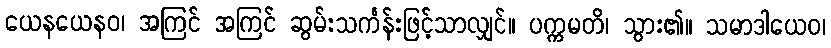
ယေနယေနဝ၊ အကြင် အကြင် ဆွမ်းသင်္ကန်းဖြင့်သာလျှင်။ ပက္ကမတိ၊ သွား၏။ သမာဒါယေဝ၊